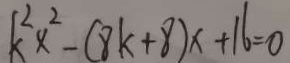
k ^ { 2 } x ^ { 2 } - ( 8 k + 8 ) x + 1 6 = 0